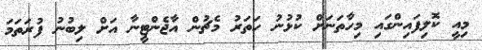
މިއީ ކޮލިފައިންގައި މިހާތަނަށް ކުޅުނު ހަތަރު މެޗުން އާޖެންޓީނާ އަށް ލިބުނު ފުރަތަމަ